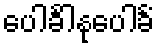
ပေါင်္ခါနုပေါင်္ခံ